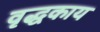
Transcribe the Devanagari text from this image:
वृद्धकाय